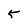
Character: 5